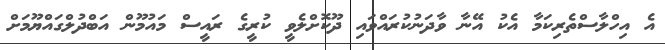
އެ އިހްލާސްތެރިކަމާ އެކު އޭނާ ވާދަނުކުރައްވައި ދޫކޮށްލެވީ ކުރީގެ ރައީސް މައުމޫން އަބްދުލްގައްޔޫމަށް